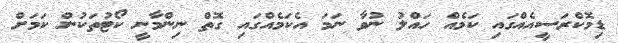
ޑިމޮކްރަސީއެއްގައި ކަމެއް ހައްލު ނުވާ ނަމަ އެކަމެއްގައި ގޮތް ނިންމާނީ ކޯޓުތަކުން ކަމަށް